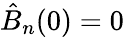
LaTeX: \hat{B}_{n}(0)=0